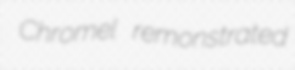
Chromel remonstrated